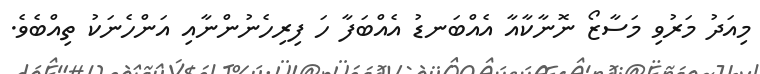
މިއަދު މަރުވި މަސާޒޯ ނޮނާކާއާ އެއްބަނޑު އެއްބަފާ ހަ ފިރިހެނުންނާއި އަންހެނަކު ތިއްބެވެ.